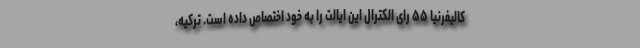
کالیفرنیا ۵۵ رای الکترال این ایالت را به خود اختصاص داده است. ترکیه،